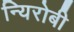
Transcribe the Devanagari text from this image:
न्यिरोबी